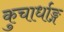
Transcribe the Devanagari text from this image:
कुचार्धाङ्ग